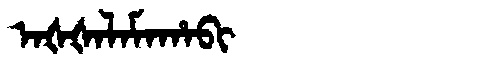
Manchu: ᠠᡧᡧᠠᠯᠠᠮᠠᡥᠠᠪᡳ
Romanization: AŠŠALAMAHABI